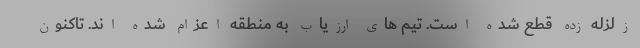
زلزله زده قطع شده است. تیم های ارزیاب به منطقه اعزام شده اند. تاکنون